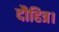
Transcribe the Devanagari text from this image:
दौहित्र।